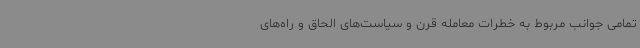
تمامی جوانب مربوط به خطرات معامله قرن و سیاست‌های الحاق و راه‌های